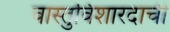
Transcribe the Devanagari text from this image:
वास्तुविशारदाची